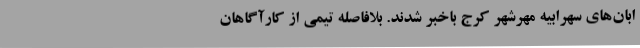
ابان‌های سهرابیه مهرشهر کرج باخبر شدند. بلافاصله تیمی از کارآگاهان